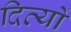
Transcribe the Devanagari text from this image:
दिव्यों